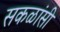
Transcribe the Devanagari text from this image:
सकळांसी